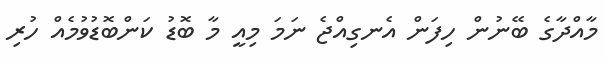
މާއްދާގެ ބޭނުން ހިފަން އެނގިއްޖެ ނަމަ މިއީ މާ ބޮޑު ކަންބޮޑުވުމެއް ހުރި